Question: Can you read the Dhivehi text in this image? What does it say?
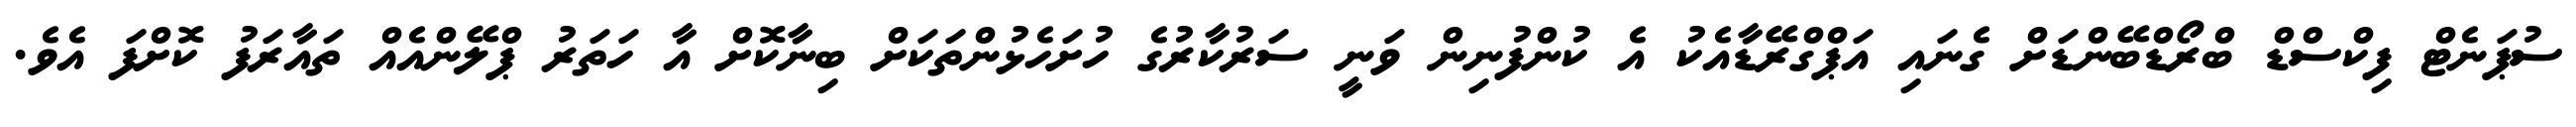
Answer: ސުޕަނެޓް ފިކްސްޑް ބްރޯޑްބޭންޑަށް ގެނައި އަޕްގްރޭޑާއެކު އެ ކުންފުނިން ވަނީ ސަރުކާރުގެ ހުށަހެޅުންތަކަށް ބިނާކޮށް އާ ހަތަރު ޕްލޭންއެއް ތައާރަފު ކޮށްފަ އެވެ.